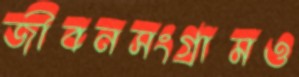
জীবনসংগ্রামও